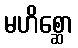
မဟိစ္ဆော